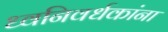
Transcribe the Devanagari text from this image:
ध्वनिवर्धकांना